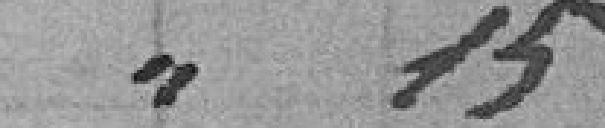
0.15 francs